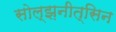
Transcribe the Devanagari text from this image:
सोल्झ़नीत्सिन